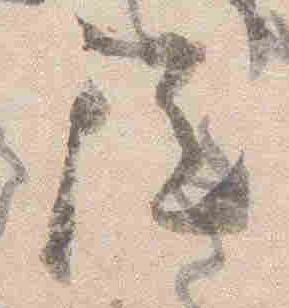
従